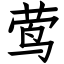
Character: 莺